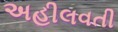
અહીલવતી